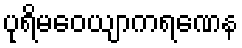
ပုရိမဝေယျာကရဏေန